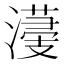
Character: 𣿯